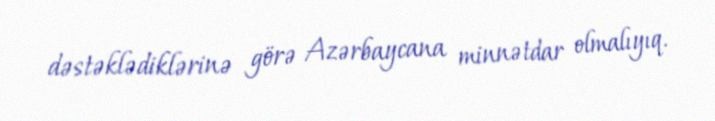
dəstəklədiklərinə görə Azərbaycana minnətdar olmalıyıq.